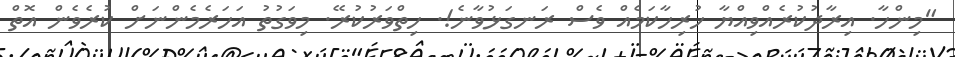
"މިންހާ. އިރާދުކުރެއްވިއްޔާ ހުރިހާކަމެއް ވެސް ރަނގަޅުވާނެ!. ހިތްވަރުކުރޭ. މިވަގުތު އަހަރެމެންނަށް ކުރެވެން އޮތް